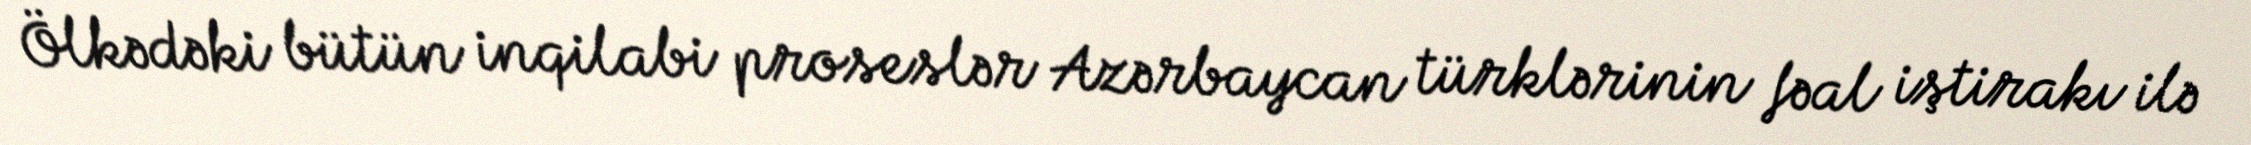
Ölkədəki bütün inqilabi proseslər Azərbaycan türklərinin fəal iştirakı ilə